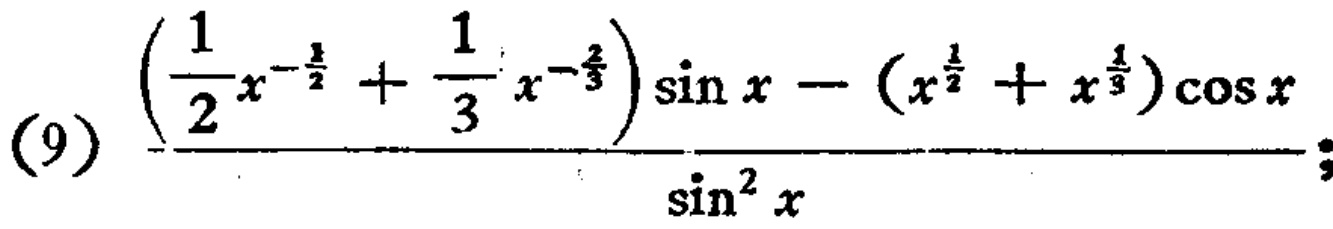
(9) $\frac{\left(\frac{1}{2}x^{-\frac{1}{2}}+\frac{1}{3}x^{-\frac{2}{3}}\right)\sin x - (x^{\frac{1}{2}}+x^{\frac{1}{3}})\cos x}{\sin^{2}x}$